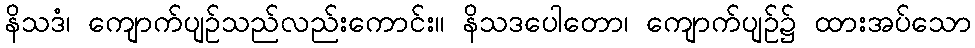
နိသဒံ၊ ကျောက်ပျဉ်သည်လည်းကောင်း။ နိသဒပေါတော၊ ကျောက်ပျဉ်၌ ထားအပ်သော